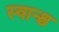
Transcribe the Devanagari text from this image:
स्वान्श्च